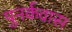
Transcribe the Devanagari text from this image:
पुनर्कवास